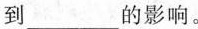
到___的影响。